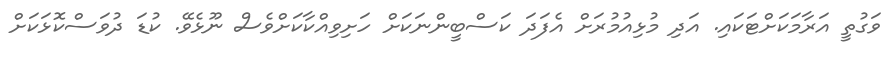
ވަގުތީ އަރާމަކަށްޓަކައި. އަދި މުޅިއުމުރަށް އެފަދަ ކަސްބީންނަކަށް ހަށިވިއްކާކަށްވެސް ނޫޅެވޭ. ކުޑަ ދުވަސްކޮޅަކަށް